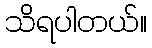
သိရပါတယ်။